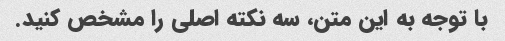
با توجه به این متن، سه نکته اصلی را مشخص کنید.